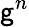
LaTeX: \mathsf{g}^{n}